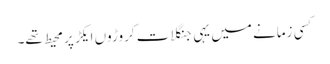
کسی زمانے میں یہی جنگلات کروڑوں ایکڑ پر محیط تھے۔